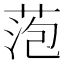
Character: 萢